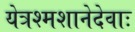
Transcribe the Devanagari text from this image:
येत्रश्मशानेदेवाः